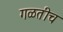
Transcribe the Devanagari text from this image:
गळतीच